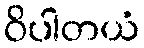
ဝိပါတယံ